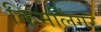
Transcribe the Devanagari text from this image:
किमलिंगर